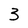
Character: 3